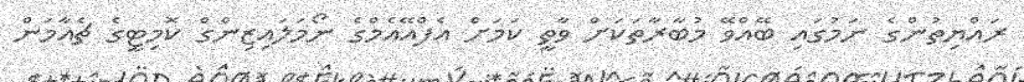
ރައްޔިތުންގެ ނަމުގައި ބޭއްވޭ މުބާރާތަކަށް ވާތީ ކަމަށް އެފްއޭއެމްގެ ނޯމަލައިޒިންގް ކޮމިޓީގެ ޗެއާމަން